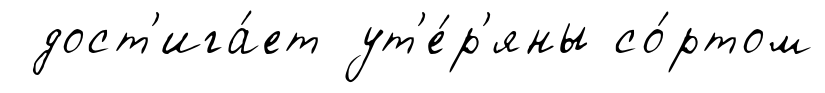
дост'ига́ет ут'е́р'яны со́ртом